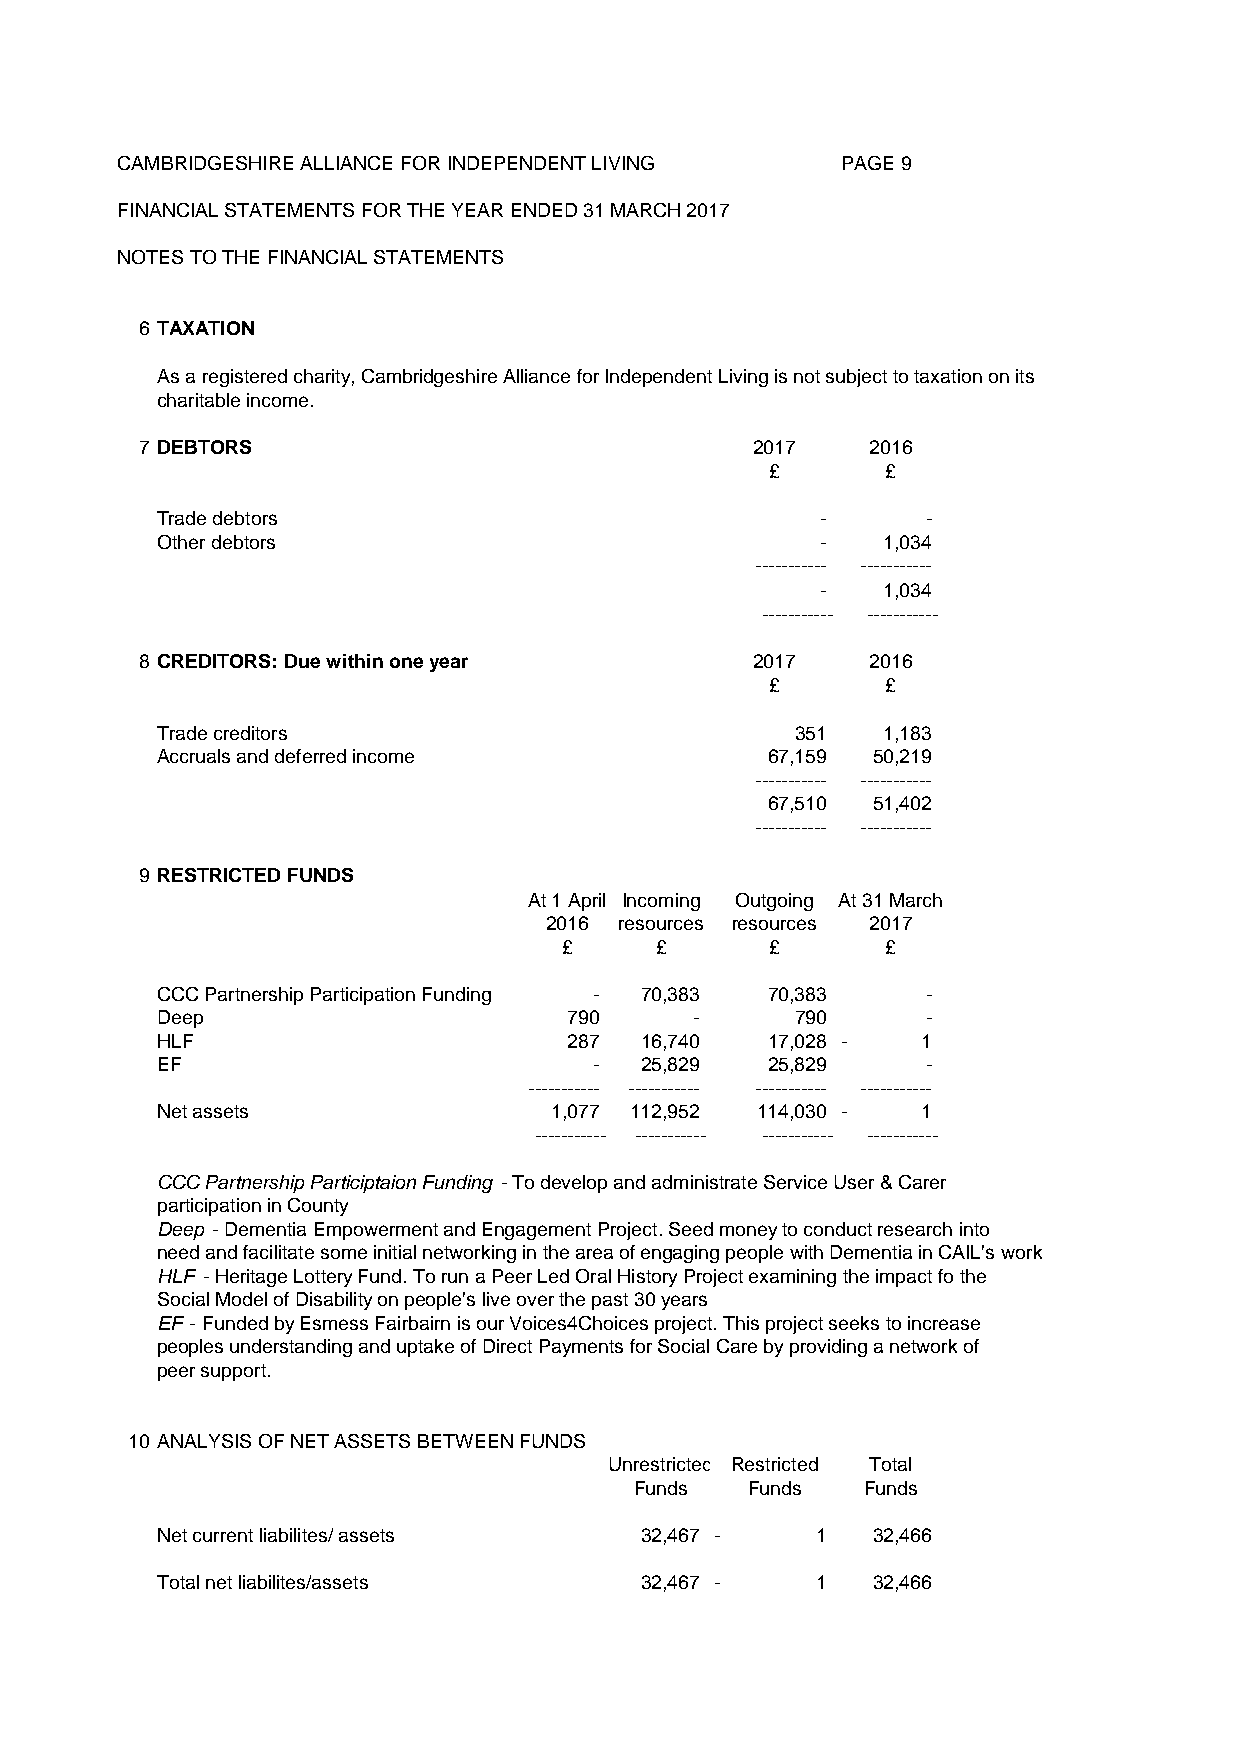
CAMBRIDGESHIRE ALLIANCE FOR INDEPENDENT LIVING  PAGE 9
 FINANCIAL STATEMENTS FOR THE YEAR ENDED 31 MARCH 2017
 NOTES TO THE FINANCIAL STATEMENTS
 6 TAXATION
 As a registered charity, Cambridgeshire Alliance for Independent Living is not subject to taxation on its
 charitable income.
 7 DEBTORS                                2017    2016
 £       £
 Trade debtors                               -      -
 Other debtors                               -   1,034
 ----------- -----------
 -   1 ,034
 ----------- -----------
 8 CREDITORS: Due within one year         2017    2016
 £       £
 Trade creditors                            351  1,183
 Accruals and deferred income             67,159 50,219
 ----------- -----------
 6 7,510 5 1,402
 ----------- -----------
 9 RESTRICTED FUNDS
 At 1 April Incoming Outgoing At 31 March
 2016 resources resources 2017
 £     £       £       £
 CCC Partnership Participation Funding - 70,383 70,383 -
 Deep                        790     -      790     -
 HLF                         287 16,740   17,028 -  1
 EF                           -  25,829   25,829    -
 ----------- ----------- ----------- -----------
 Net assets                1,077 112,952 114,030 -  1
 ----------- ----------- ----------- -----------
 CCC Partnership Participtaion Funding - To develop and administrate Service User & Carer
 participation in County
 Deep - Dementia Empowerment and Engagement Project. Seed money to conduct research into
 need and facilitate some initial networking in the area of engaging people with Dementia in CAIL's work
 HLF - Heritage Lottery Fund. To run a Peer Led Oral History Project examining the impact fo the
 Social Model of Disability on people's live over the past 30 years
 EF - Funded by Esmess Fairbairn is our Voices4Choices project. This project seeks to increase
 peoples understanding and uptake of Direct Payments for Social Care by providing a network of
 peer support.
 10 ANALYSIS OF NET ASSETS BETWEEN FUNDS
 Unrestricted Restricted Total
 Funds  Funds   Funds
 Net current liabilites/ assets  32,467 -    1   32,466
 Total net liabilites/assets     32,467 -    1   32,466